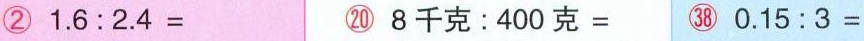
②$$1 . 6 : 2 . 4 =$$ ⑳$$8 千 克 ： 4 0 0 克 =$$ ㊳ $$0 . 1 5 : 3 =$$